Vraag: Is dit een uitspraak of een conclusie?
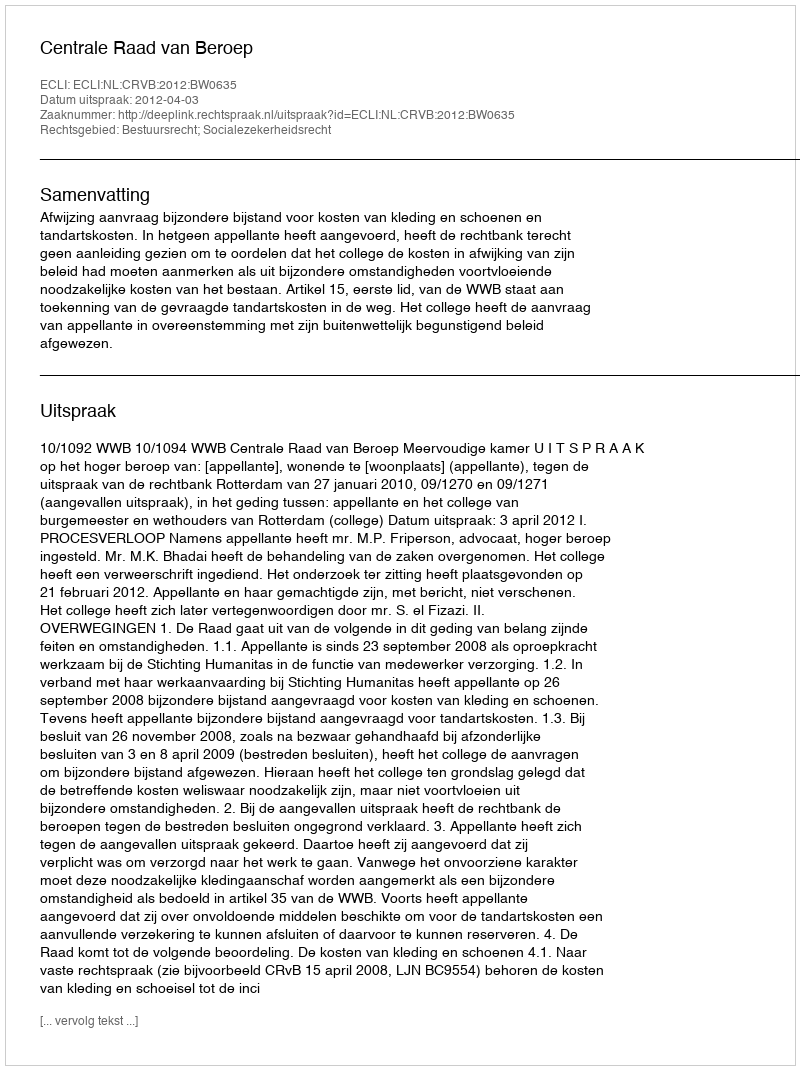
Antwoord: Uitspraak